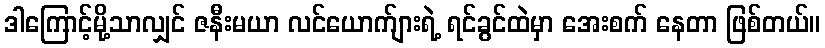
ဒါကြောင့်မို့သာလျှင် ဇနီးမယာ လင်ယောက်ျားရဲ့ ရင်ခွင်ထဲမှာ အေးစက် နေတာ ဖြစ်တယ်။